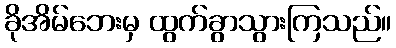
ခိုအိမ်ဘေးမှ ထွက်ခွာသွားကြသည်။